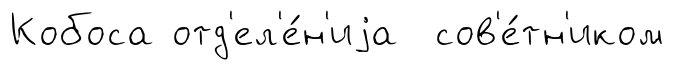
Кобоса отд'ел'е́н'иjа сов'е́тн'иком